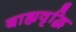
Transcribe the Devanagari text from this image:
बाह्यवृद्धि